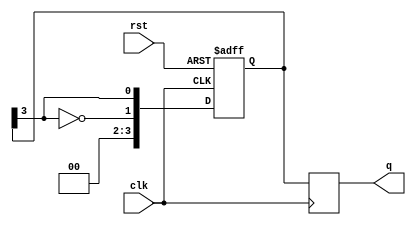
module JohnsonCounter #(parameter n = 4) (
    input wire clk,           // Clock input
    input wire rst,           // Asynchronous reset
    output reg [n-1:0] q      // Output state of the counter
);

// Internal flip-flops
reg [n-1:0] ff;

// Johnson counter operation
always @(posedge clk or posedge rst) begin
    if (rst) begin
        // Reset all flip-flops to 0
        ff <= 0;
    end else begin
        // Shift the bits and feed back the inverted last output
        ff <= {~ff[n-1], ff[n-1:n-1]};
    end
end

// Assign output
always @(posedge clk) begin
    q <= ff;
end

endmodule